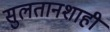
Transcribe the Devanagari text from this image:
सुलतानशाही